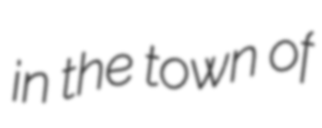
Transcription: in the town of